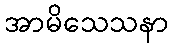
အာမိသေသနာ